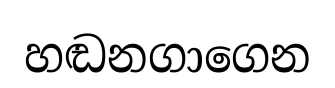
හඬනගාගෙන